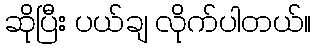
ဆိုပြီး ပယ်ချ လိုက်ပါတယ်။